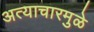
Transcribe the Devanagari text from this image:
अत्याचारमुळे